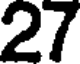
27